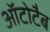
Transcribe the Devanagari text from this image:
ऑटोटैब